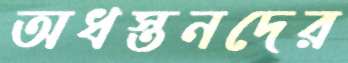
অধস্তনদের